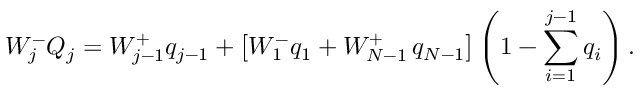
W _ { j } ^ { - } Q _ { j } = W _ { j - 1 } ^ { + } q _ { j - 1 } + \left[ W _ { 1 } ^ { - } q _ { 1 } + W _ { N - 1 } ^ { + } \thinspace q _ { N - 1 } \right] \left( 1 - \sum _ { i = 1 } ^ { j - 1 } q _ { i } \right) .